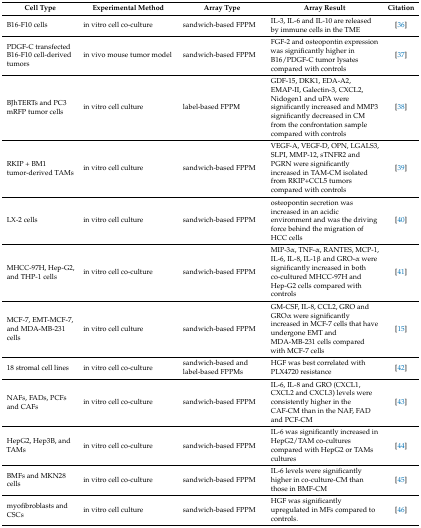
<table><thead><tr><td><b>Cell Type</b></td><td><b>Experimental Method</b></td><td><b>Array Type</b></td><td><b>Array Result</b></td><td><b>Citation</b></td></tr></thead><tbody><tr><td>B16-F10 cells</td><td>in vitro cell co-culture</td><td>sandwich-based FPPM</td><td>IL-3, IL-6 and IL-10 are released by immune cells in the TME</td><td>[36]</td></tr><tr><td>PDGF-C transfected B16-F10 cell-derived tumors</td><td>in vivo mouse tumor model</td><td>sandwich-based FPPM</td><td>FGF-2 and osteopontin expression was significantly higher in B16/PDGF-C tumor lysates compared with controls</td><td>[37]</td></tr><tr><td>BJhTERTs and PC3 mRFP tumor cells</td><td>in vitro cell culture</td><td>label-based FPPM</td><td>GDF-15, DKK1, EDA-A2, EMAP-II, Galectin-3, CXCL2, Nidogen1 and uPA were significantly increased and MMP3 significantly decreased in CM from the confrontation sample compared with controls</td><td>[38]</td></tr><tr><td>RKIP + BM1 tumor-derived TAMs</td><td>in vitro cell culture</td><td>sandwich-based FPPM</td><td>VEGF-A, VEGF-D, OPN, LGALS3, SLPI, MMP-12, sTNFR2 and PGRN were significantly increased in TAM-CM isolated from RKIP+CCL5 tumors compared with controls</td><td>[39]</td></tr><tr><td>LX-2 cells</td><td>in vitro cell culture</td><td>sandwich-based FPPM</td><td>osteopontin secretion was increased in an acidic environment and was the driving force behind the migration of HCC cells</td><td>[40]</td></tr><tr><td>MHCC-97H, Hep-G2, and THP-1 cells</td><td>in vitro cell co-culture</td><td>sandwich-based FPPM</td><td>MIP-3α, TNF-α, RANTES, MCP-1, IL-6, IL-8, IL-1β and GRO-α were significantly increased in both co-cultured MHCC-97H and Hep-G2 cells compared with controls</td><td>[41]</td></tr><tr><td>MCF-7, EMT-MCF-7, and MDA-MB-231 cells</td><td>in vitro cell culture</td><td>sandwich-based FPPM</td><td>GM-CSF, IL-8, CCL2, GRO and GROα were significantly increased in MCF-7 cells that have undergone EMT and MDA-MB-231 cells compared with MCF-7 cells</td><td>[15]</td></tr><tr><td>18 stromal cell lines</td><td>in vitro cell co-culture</td><td>sandwich-based and label-based FPPMs</td><td>HGF was best correlated with PLX4720 resistance</td><td>[42]</td></tr><tr><td>NAFs, FADs, PCFs and CAFs</td><td>in vitro cell co-culture</td><td>sandwich-based FPPM</td><td>IL-6, IL-8 and GRO (CXCL1, CXCL2 and CXCL3) levels were consistently higher in the CAF-CM than in the NAF, FAD and PCF-CM</td><td>[43]</td></tr><tr><td>HepG2, Hep3B, and TAMs</td><td>in vitro cell co-culture</td><td>sandwich-based FPPM</td><td>IL-6 was significantly increased in HepG2/TAM co-cultures compared with HepG2 or TAMs cultures</td><td>[44]</td></tr><tr><td>BMFs and MKN28 cells</td><td>in vitro cell co-culture</td><td>sandwich-based FPPM</td><td>IL-6 levels were significantly higher in co-culture-CM than those in BMF-CM</td><td>[45]</td></tr><tr><td>myofibroblasts and CSCs</td><td>in vitro cell culture</td><td>sandwich-based FPPM</td><td>HGF was significantly upregulated in MFs compared to controls.</td><td>[46]</td></tr></tbody></table>